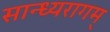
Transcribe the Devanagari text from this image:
सान्ध्यरागम्